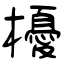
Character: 櫌